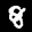
Label: 8